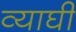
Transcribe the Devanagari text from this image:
व्याघी